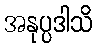
အနုပ္ပဒါသိ